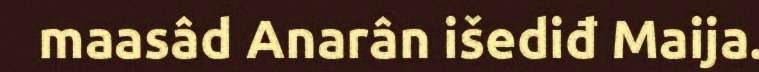
maasâd Anarân išediđ Maija.